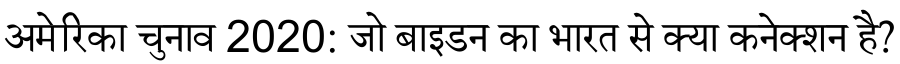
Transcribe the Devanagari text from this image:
अमेरिका चुनाव 2020: जो बाइडन का भारत से क्या कनेक्शन है?